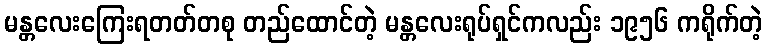
မန္တလေးကြေးရတတ်တစု တည်ထောင်တဲ့ မန္တလေးရုပ်ရှင်ကလည်း ၁၉၅၆ ကရိုက်တဲ့